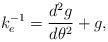
LaTeX: \begin{align*}k_e^{-1} = \frac{d^2g}{d\theta^2} + g,\end{align*}